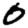
Digit: 0